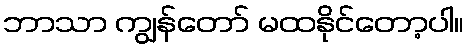
ဘာသာ ကျွန်တော် မထနိုင်တော့ပါ။